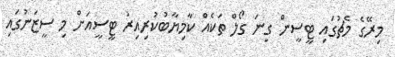
މިރޭގެ މެޗުގައި ޓީސީން ގިނަ ގޯލް ތަކެއް ކާމިޔާބުކުރިއިރު ޓީސީއަށް މި ސީޒަނުގައި